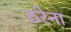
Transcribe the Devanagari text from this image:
ठरेना